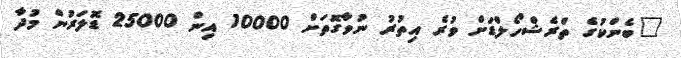
"ބެންކުގެ ތްރެޝްހޯލްޑަށް ވުރެ އިތުރު ނުވާގޮތަށް 10000 އިން 25000 ޑޮލަރުން މުދާ